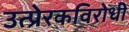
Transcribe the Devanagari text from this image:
उत्प्रेरकविरोधी